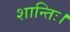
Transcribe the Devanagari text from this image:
शान्तिः।